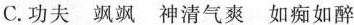
C.功夫 飒飒 神清气爽 如痴如醉